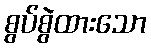
စွပ်စွဲထားသော